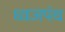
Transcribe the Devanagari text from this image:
ध्वजपंथ